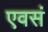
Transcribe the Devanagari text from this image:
एवसं